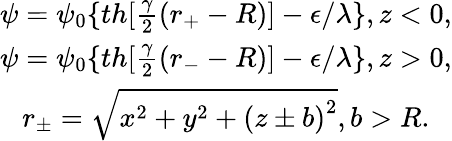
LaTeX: \begin{array}{c}{{\psi=\psi_{0}\{ th[\frac\gamma 2(r_{+}-R)]-\epsilon/\lambda\} ,z<0,}}\\ {{\psi=\psi_{0}\{ th[\frac\gamma 2(r_{-}-R)]-\epsilon/\lambda\} ,z>0,}}\\ {{r_{\pm}=\sqrt{x^{2}+y^{2}+\left(z\pm b\right)^{2}},b>R.}}\end{array}